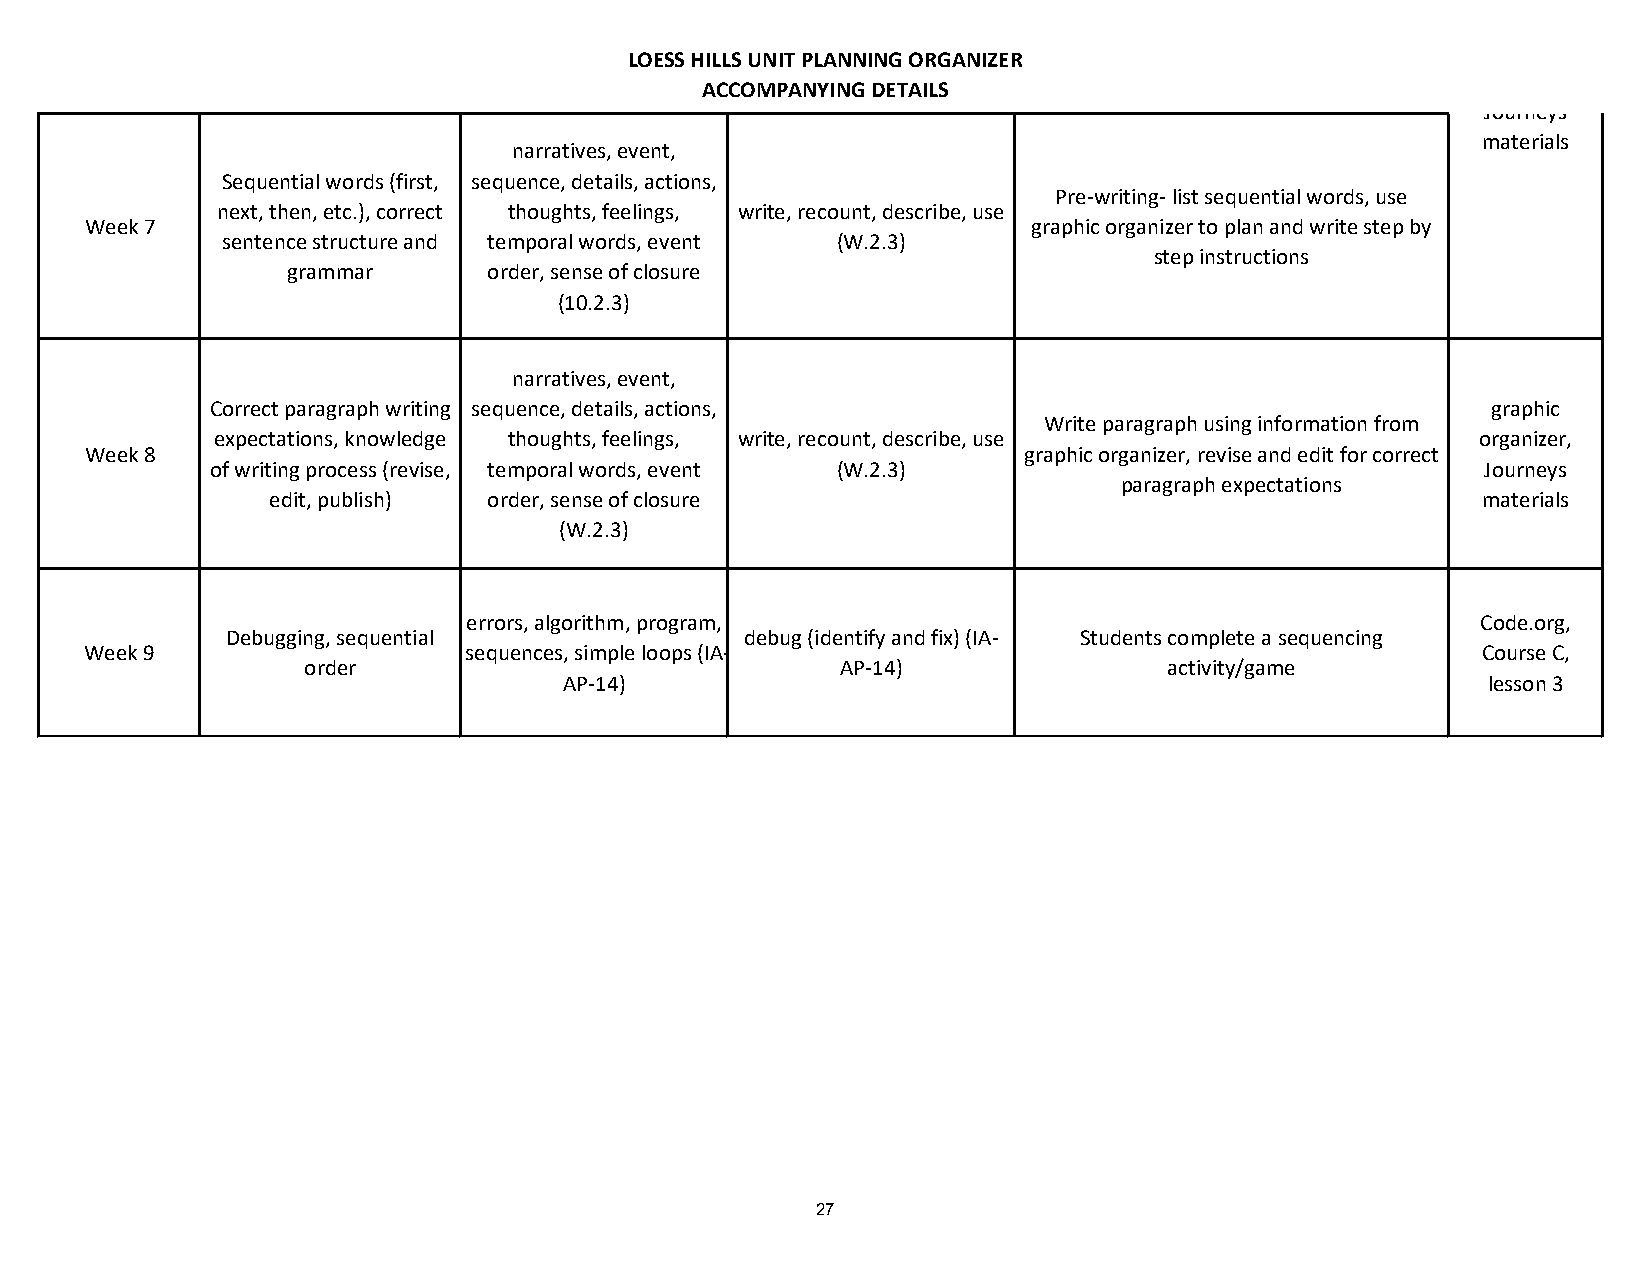
graphic
 LOESS HILLS UNIT PLANNING ORGANIZER
 organizer,
 ACCOMPANYING DETAILS
 Journeys
 materials
 narratives, event,
 Sequential words (first, sequence, details, actions,
 Pre-writing- list sequential words, use
 next, then, etc.), correct thoughts, feelings, write, recount, describe, use
 Week 7                                                        graphic organizer to plan and write step by
 sentence structure and temporal words, event (W.2.3)
 step instructions
 grammar      order, sense of closure
 (10.2.3)
 narratives, event,
 Correct paragraph writing sequence, details, actions,                                graphic
 Write paragraph using information from
 expectations, knowledge thoughts, feelings, write, recount, describe, use           organizer,
 Week 8                                                        graphic organizer, revise and edit for correct
 of writing process (revise, temporal words, event (W.2.3)                           Journeys
 paragraph expectations
 edit, publish) order, sense of closure                                          materials
 (W.2.3)
 errors, algorithm, program,                                        Code.org,
 Debugging, sequential             debug (identify and fix) (IA- Students complete a sequencing
 Week 9                   sequences, simple loops (IA-                                       Course C,
 order                               AP-14)               activity/game
 AP-14)                                                       lesson 3
 27